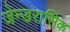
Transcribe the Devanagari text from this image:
जेन्डरासिक